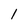
Character: 1